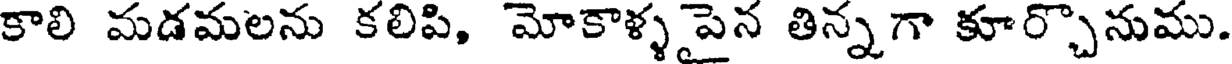
కాలి మడమలను కలిపి, మోకాళ్ళపైన తిన్నగా కూర్చొనుము.